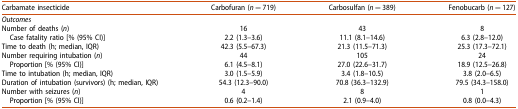
| Carbamate insecticide | Carbofuran (n = 719) | Carbosulfan (n = 389) | Fenobucarb (n = 127) |
 | --- | --- | --- | --- |
 | Outcomes |  |  |  |
 | Number of deaths (n) | 16 | 43 | 8 |
 | Case fatality ratio [% (95% CI)] | 2.2 (1.3–3.6) | 11.1 (8.1–14.6) | 6.3 (2.8–12.0) |
 | Time to death (h; median, IQR) | 42.3 (5.5–67.3) | 21.3 (11.5–71.3) | 25.3 (17.3–72.1) |
 | Number requiring intubation (n) | 44 | 105 | 24 |
 | Proportion [% (95% CI)] | 6.1 (4.5–8.1) | 27.0 (22.6–31.7) | 18.9 (12.5–26.8) |
 | Time to intubation (h; median, IQR) | 3.0 (1.5–5.9) | 3.4 (1.8–10.5) | 3.8 (2.0–6.5) |
 | Duration of intubation (survivors) (h; median, IQR) | 54.3 (12.3–90.0) | 70.8 (36.3–132.9) | 79.5 (34.3–158.0) |
 | Number with seizures (n) | 4 | 8 | 1 |
 | Proportion [% (95% CI)] | 0.6 (0.2–1.4) | 2.1 (0.9–4.0) | 0.8 (0.0–4.3) |